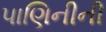
પાણિનીની